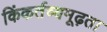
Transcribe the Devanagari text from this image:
किंकर्तव्यमूढ़ता